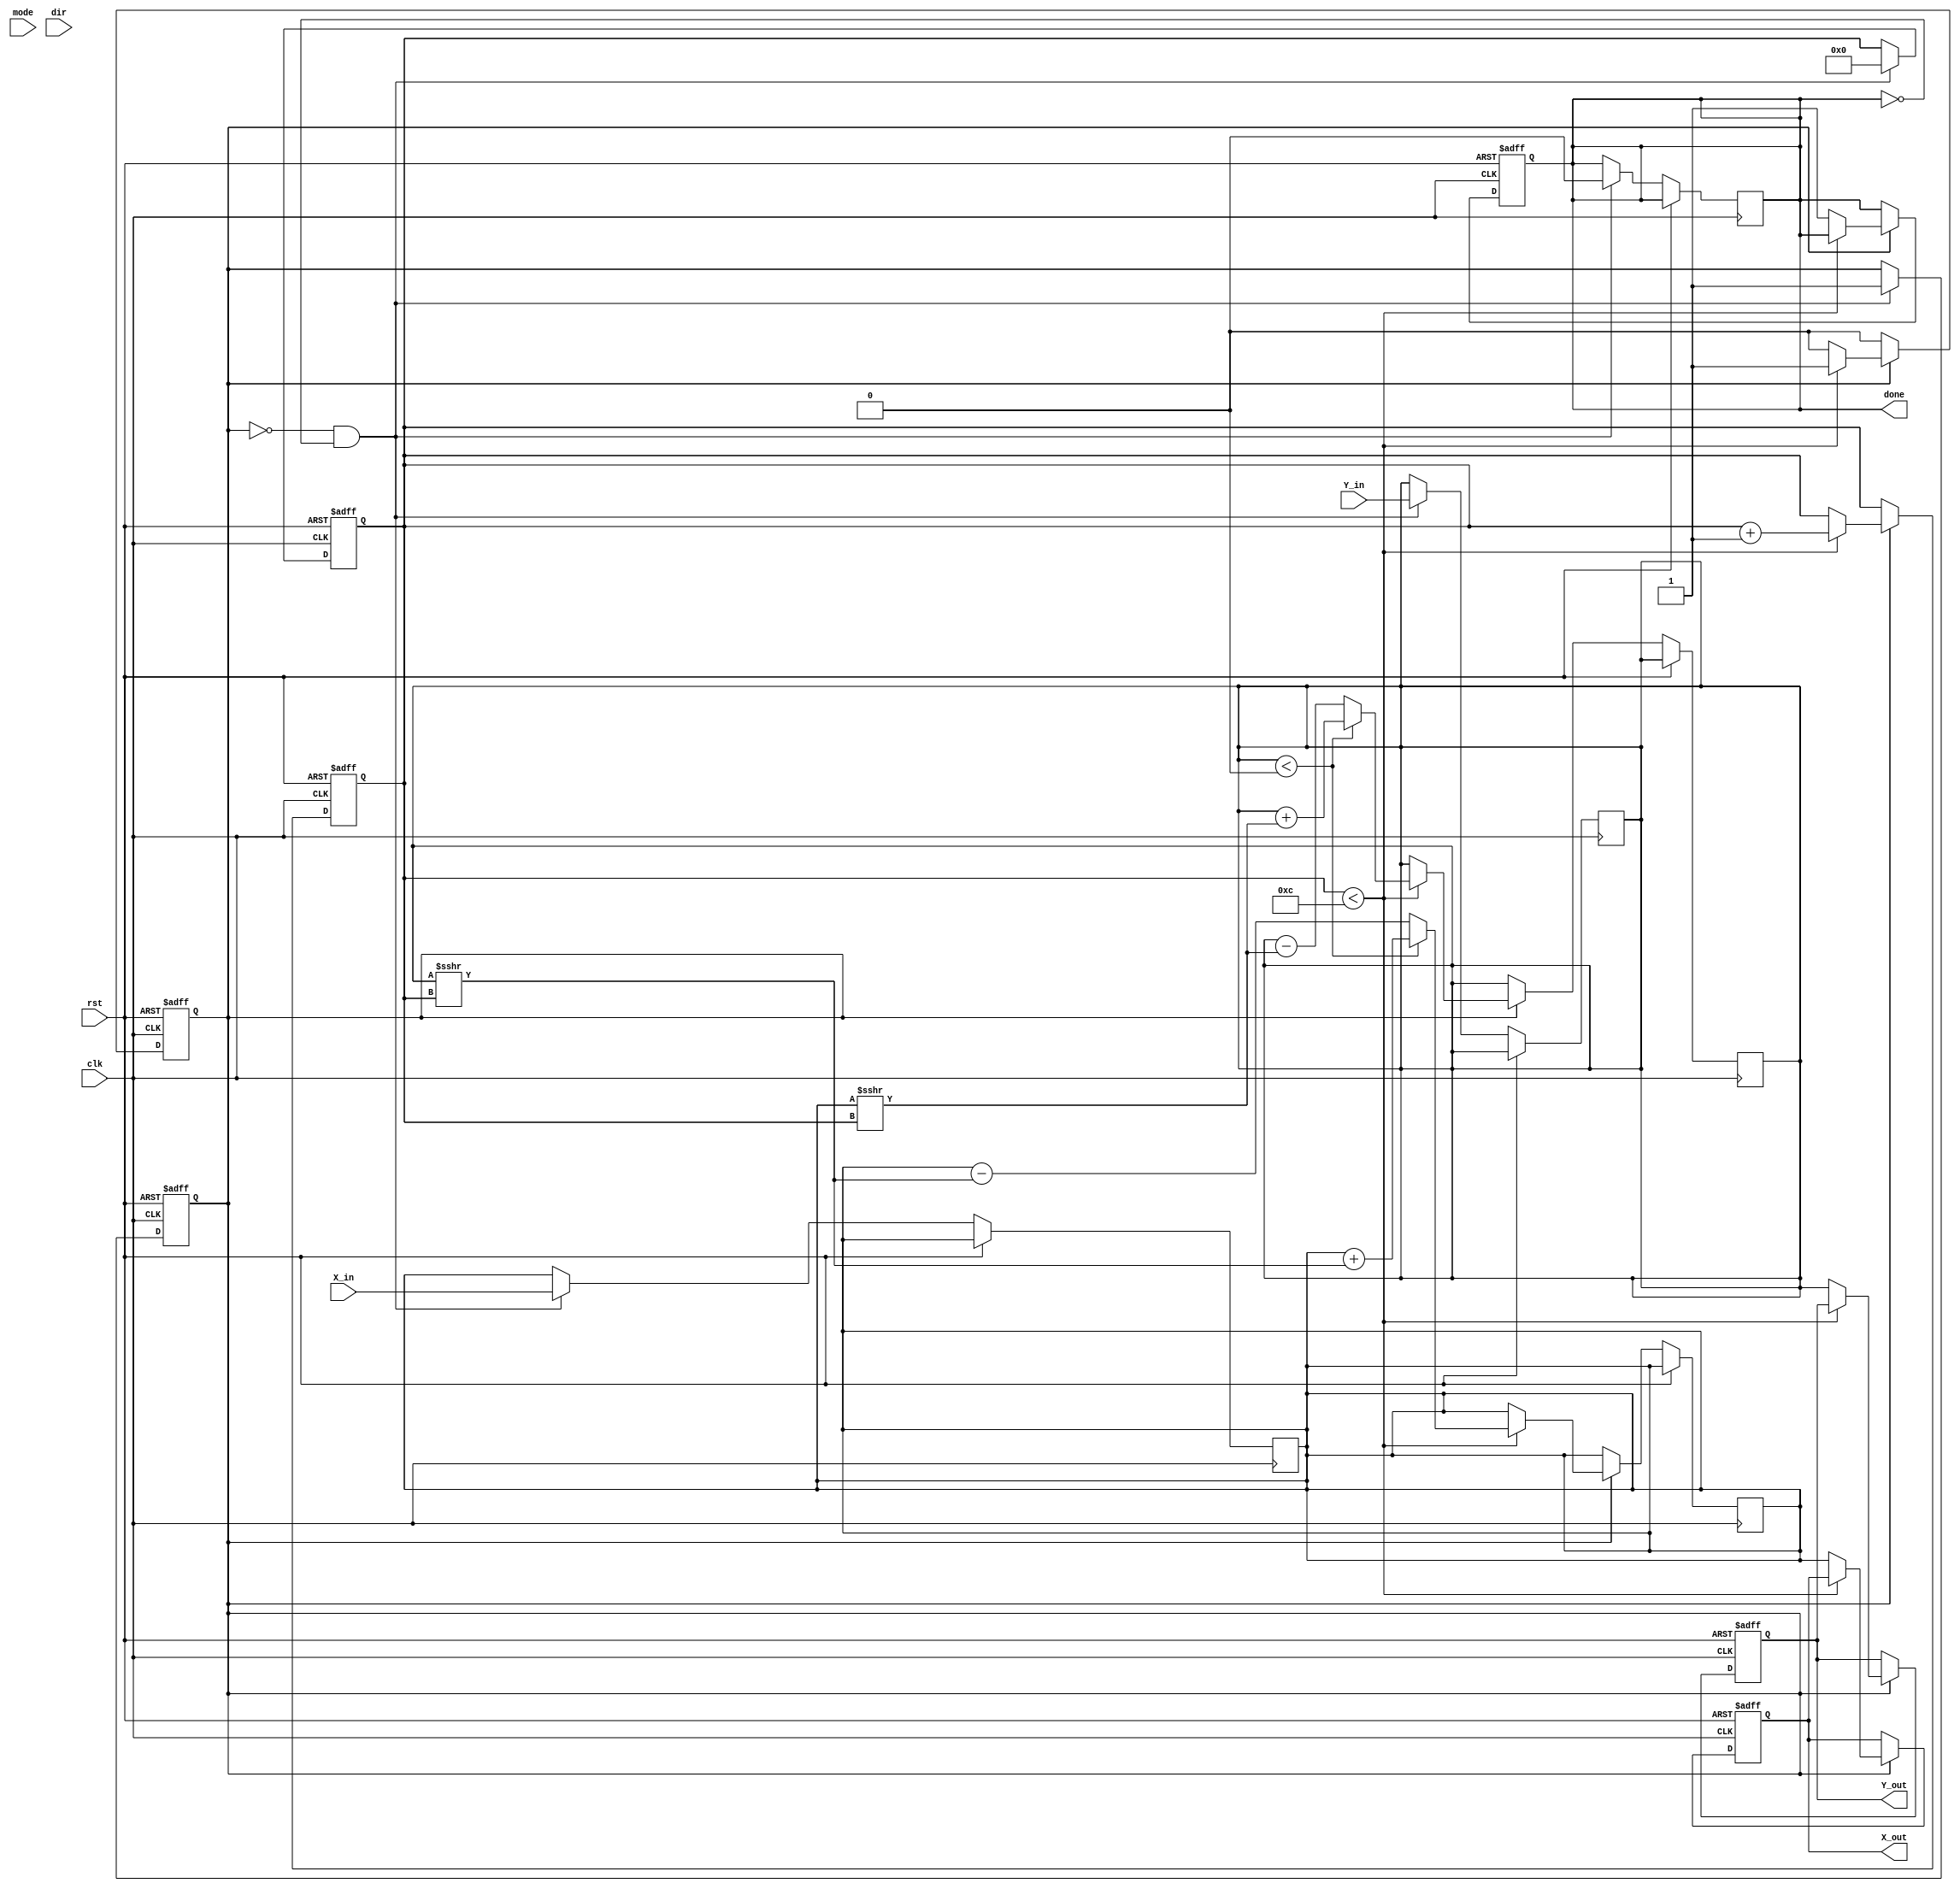
module cordic #(
    parameter WIDTH = 16,         // Bit width for inputs/outputs
    parameter ITERATIONS = 12     // Number of CORDIC iterations
)(
    input wire clk,                   // Clock signal
    input wire rst,                   // Reset signal
    input wire [WIDTH-1:0] X_in,     // Input X coordinate
    input wire [WIDTH-1:0] Y_in,     // Input Y coordinate
    input wire mode,                  // Operation mode (1 for rotation, 0 for vectoring)
    input wire dir,                   // Direction of rotation (1 for CW, 0 for CCW)
    output reg [WIDTH-1:0] X_out,     // Output X coordinate
    output reg [WIDTH-1:0] Y_out,     // Output Y coordinate
    output reg done                   // Completion signal
);

    // Pre-computed angle look-up table (arctan values)
    reg [WIDTH-1:0] angle_table [0:ITERATIONS-1];
    initial begin
        // Fill angle_table with arctan values scaled for fixed-point representation
        angle_table[0] = 16'h26DD; // atan(0.5)
        angle_table[1] = 16'h1D7A; // atan(0.25)
        angle_table[2] = 16'h15A4; // atan(0.125)
        // Continue adding pre-computed values as necessary...
        // angle_table[3] = ...
    end

    reg [WIDTH-1:0] X_reg;
    reg [WIDTH-1:0] Y_reg;
    reg [3:0] iter;                // Iteration counter
    reg start;                     // Start signal for CORDIC process

    always @(posedge clk or posedge rst) begin
        if (rst) begin
            X_out <= 0;
            Y_out <= 0;
            done <= 0;
            iter <= 0;
            start <= 0;
        end else if (start) begin
            if (iter < ITERATIONS) begin
                // CORDIC rotation logic
                if (Y_reg < 0) begin
                    // Counter-clockwise rotation
                    X_reg <= X_reg + (Y_reg >>> iter);
                    Y_reg <= Y_reg + (X_reg >>> iter);
                end else begin
                    // Clockwise rotation
                    X_reg <= X_reg - (Y_reg >>> iter);
                    Y_reg <= Y_reg - (X_reg >>> iter);
                end
                iter <= iter + 1;
            end else begin
                // Finished CORDIC operations
                X_out <= X_reg;
                Y_out <= Y_reg;
                done <= 1;
                start <= 0; // Reset start signal
            end
        end
    end

    // Control FSM or combinational logic to initiate CORDIC operation
    always @(posedge clk or posedge rst) begin
        if (rst) begin
            start <= 0;
            iter <= 0;
        end else begin
            // Simple control logic to start the CORDIC process
            if (!start && !done) begin
                X_reg <= X_in;
                Y_reg <= Y_in;
                iter <= 0;
                start <= 1; // Start operation
                done <= 0;
            end
        end
    end
endmodule